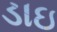
ડાઇ